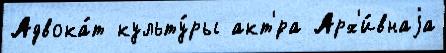
Адвока́т культу́ры акт'́ра Арх'и́внаjа